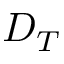
D _ { T }